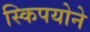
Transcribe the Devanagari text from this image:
स्किपयोने